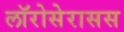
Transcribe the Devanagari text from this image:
लॉरोसेरासस